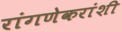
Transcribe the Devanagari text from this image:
रांगणेकरांशी